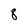
Character: 8